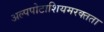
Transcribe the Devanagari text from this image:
अल्पपोटाशियमरक्तता